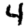
Digit: 4